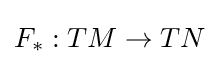
F_{*}:TM\to TN